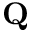
\mathbf Q